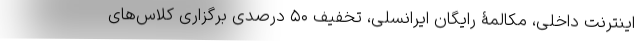
اینترنت داخلی، مکالمۀ رایگان ایرانسلی، تخفیف ۵۰ درصدی برگزاری کلاس‌های